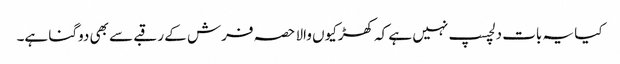
کیا یہ بات دلچسپ نہیں ہے کہ کھڑکیوں والا حصہ فرش کے رقبے سے بھی دوگنا ہے۔